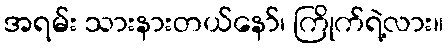
အရမ်း သားနားတယ်နော်၊ ကြိုက်ရဲ့လား။